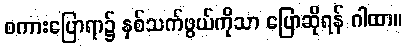
စကားပြောရာ၌ နှစ်သက်ဖွယ်ကိုသာ ပြောဆိုရန် ဂါထာ။